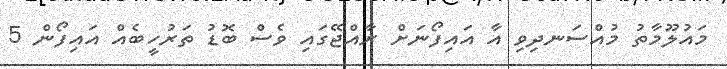
މައުލޫމާތު މުއްސަނދިވި އާ އައިފޯނަށް ރާއްޖޭގައި ވެސް ބޮޑު ތަރުހީބެއް އައިފޯން 5